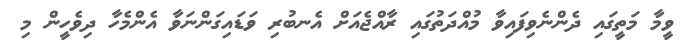
ވީމާ މަތީގައި ދެންނެވިފައިވާ މުއްދަތުގައި ރާއްޖެއަށް އެނބުރި ވަޑައިގަންނަވާ އެންމެހާ ދިވެހީން މި